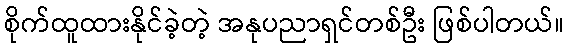
စိုက်ထူထားနိုင်ခဲ့တဲ့ အနုပညာရှင်တစ်ဦး ဖြစ်ပါတယ်။